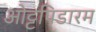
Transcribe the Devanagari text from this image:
ओट्टपिडारम